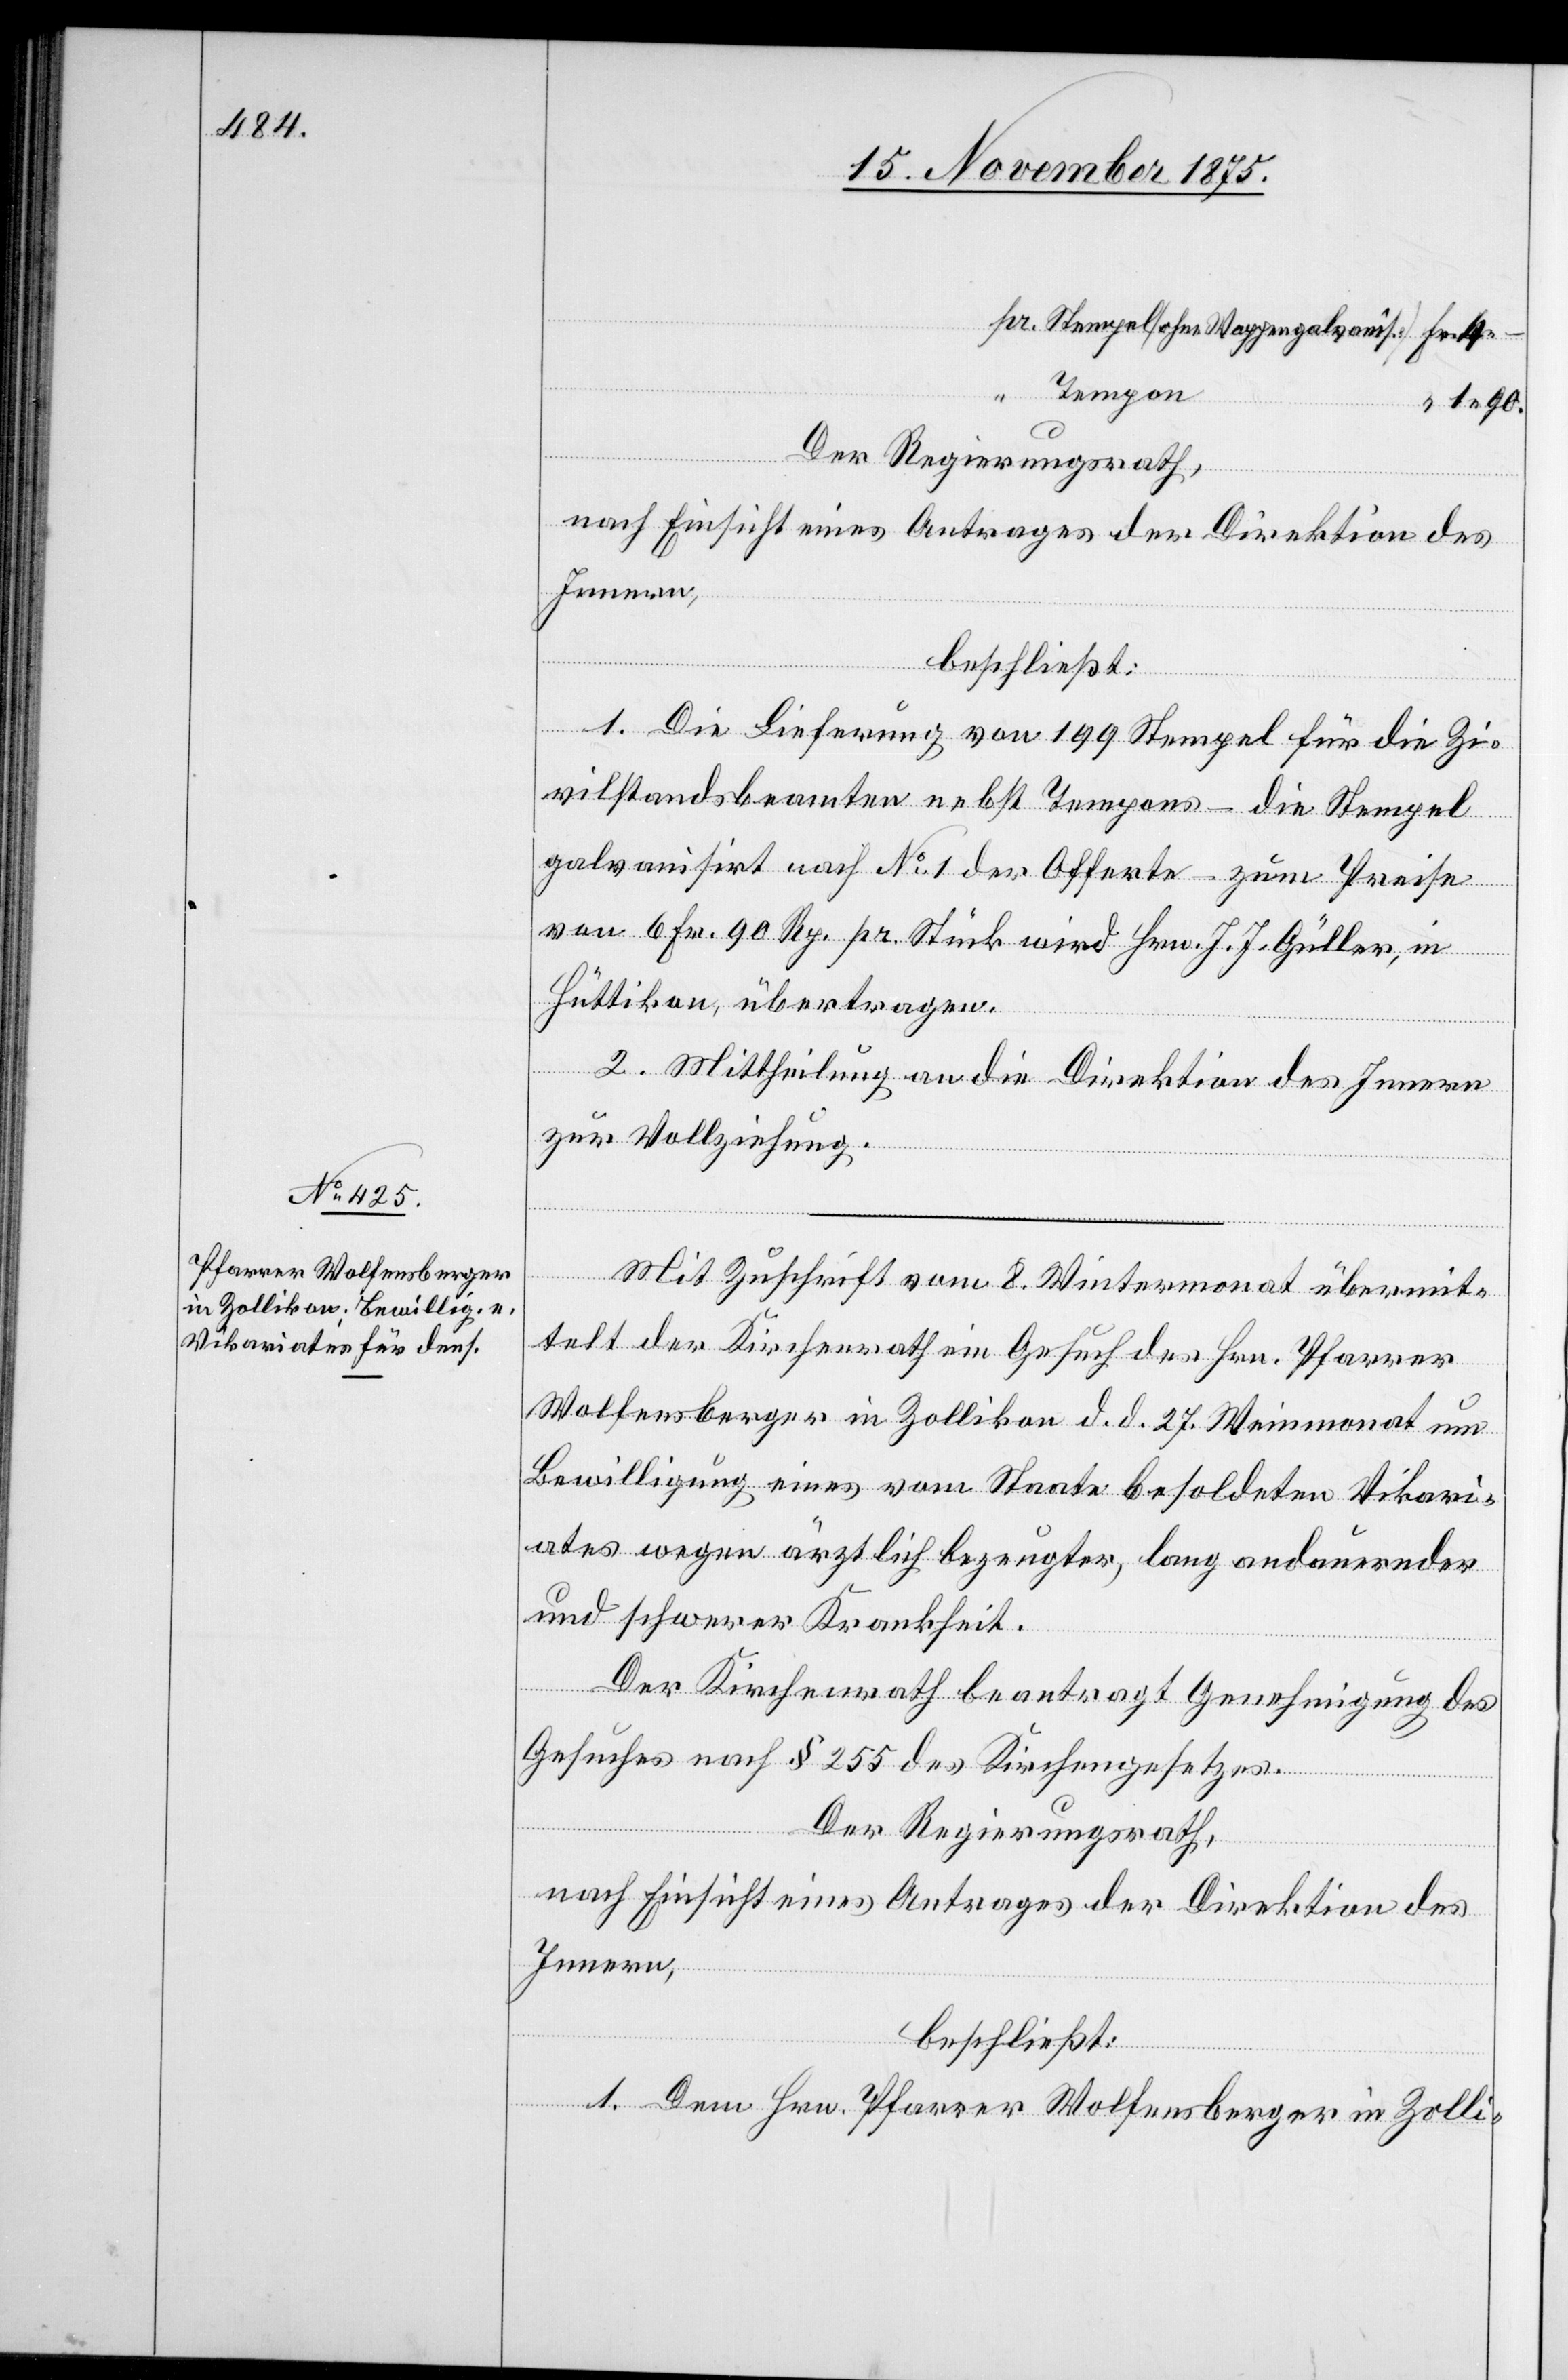
–.
Tempon
1 90.
Der Regierungsrath,
nach Einsicht eines Antrages der Direktion des
Innern,
beschließt:
1. Die Lieferung von 199 Stempel für die Zi¬
vilstandsbeamten nebst Tempons – die Stempel
galvanisirt nach No 1 der Offerte – zum Preise
4
von 6 Fr. 90 Rp. pr. Stück wird Hrn. J. J. Güller, in
Hüttikon, übertragen.
2. Mittheilung an die Direktion des Innern
zur Vollziehung.
Mit Zuschrift vom 8. Wintermonat übermit¬
telt der Kirchenrath ein Gesuch des Hrn. Pfarrer
Wolfensberger in Zollikon d. d. 27. Weinmonat um
Bewilligung eines vom Staate besoldeten Vikari¬
ates wegen ärztlich bezeugter, lang andauernder
und schwerer Krankheit.
Der Kirchenrath beantragt Genehmigung des
Gesuches nach § 255 des Kirchengesetzes.
Der Regierungsrath,
nach Einsicht eines Antrages der Direktion des
Innern,
beschließt:
1. Dem Hrn. Pfarrer Wolfensberger in Zolli-